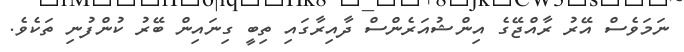
ނަމަވެސް އޭރު ރާއްޖޭގެ އިންޝުއަރެންސް ދާއިރާގައި ތިބީ ގިނައިން ބޭރު ކުންފުނި ތަކެވެ.